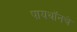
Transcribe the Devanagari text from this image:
पायथॉनचे